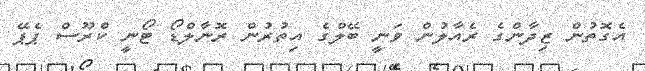
އެގޮތުން ޒިދާންގެ ރެއާލުން ވަނީ ބޭލްގެ އިތުރުން ރޮނާލްޑޯ ޓޯނީ ކްރޫސް ޕެޕޭ